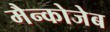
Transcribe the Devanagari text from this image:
मैन्कोजेब